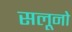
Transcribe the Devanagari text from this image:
सलूनो